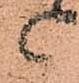
御